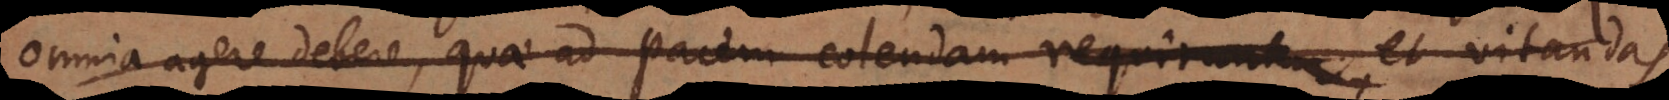
omnia agere debere, quae ad pacem colendam et ad vitandas